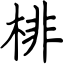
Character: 棑